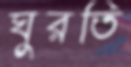
ঘুরতি